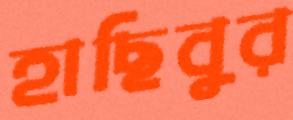
হাছিবুর